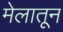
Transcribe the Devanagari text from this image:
मेलातून